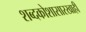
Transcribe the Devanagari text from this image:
शब्दकोशासारखाही